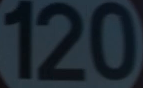
120